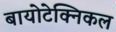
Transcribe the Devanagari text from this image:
बायोटेक्निकल